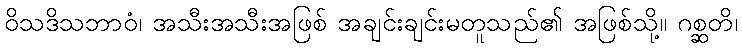
ဝိသဒိသဘာဝံ၊ အသီးအသီးအဖြစ် အချင်းချင်းမတူသည်၏ အဖြစ်သို့။ ဂစ္ဆတိ၊